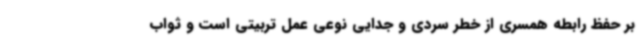
بر حفظ رابطه همسری از خطر سردی و جدایی نوعی عمل تربیتی است و ثواب